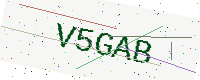
Text: V5GAB